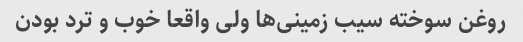
روغن سوخته سیب زمینی‌ها ولی واقعا خوب و ترد بودن